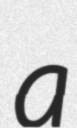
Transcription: a